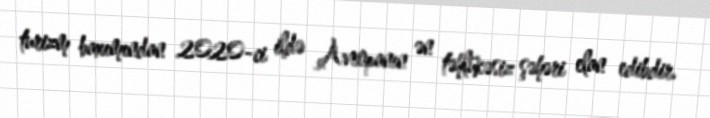
turizm baxımından 2020-ci ildə Avropanın ən təhlükəsiz şəhəri elan edibdir.